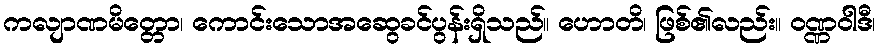
ကလျာဏမိတ္တော၊ ကောင်းသောအဆွေခင်ပွန်းရှိသည်။ ဟောတိ၊ ဖြစ်၏လည်း။ ဝဏ္ဏဝါဒီ၊